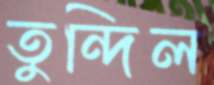
তুন্দিল